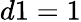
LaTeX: d1=1